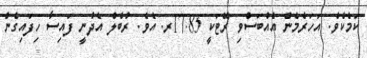
ކަމެކެވެ. އަހަރެމެން އެއްބަސްވި ރޭޓަކީ 17.85ރ. އެވެ. ރުބެލް އެދުނީ ފައިސާ ހިފައިގެން